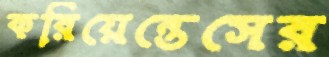
করিয়েন্তেসের